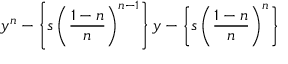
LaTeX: y ^ { n } - \left\{ s \left( { \frac { 1 - n } { n } } \right) ^ { n - 1 } \right\} y - \left\{ s \left( { \frac { 1 - n } { n } } \right) ^ { n } \right\}